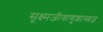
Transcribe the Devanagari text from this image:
सूक्ष्मजीवाणुशास्त्रज्ञ